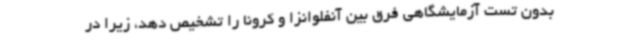
بدون تست آزمایشگاهی فرق بین آنفلوانزا و کرونا را تشخیص دهد، زیرا در